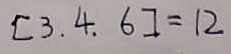
[ 3 . 4 . 6 ] = 1 2